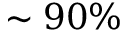
\sim 9 0 \%